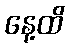
နေ့ထိ